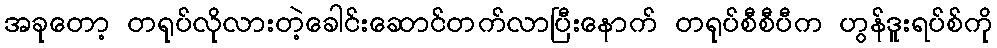
အခုတော့ တရုပ်လိုလားတဲ့ခေါင်းဆောင်တက်လာပြီးနောက် တရုပ်စီစီပီက ဟွန်ဒူးရပ်စ်ကို